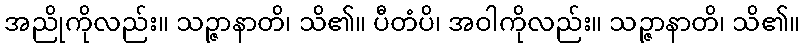
အညိုကိုလည်း။ သဉ္ဇာနာတိ၊ သိ၏။ ပီတံပိ၊ အဝါကိုလည်း။ သဉ္ဇာနာတိ၊ သိ၏။